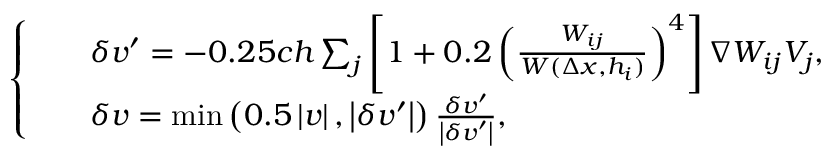
\left\{ \begin{array} { l } { \begin{array} { r l } & { \delta \boldsymbol { v } ^ { \prime } = - 0 . 2 5 c h \sum _ { j } \left[ 1 + 0 . 2 \left( \frac { W _ { i j } } { W ( \Delta x , h _ { i } ) } \right) ^ { 4 } \right] { \nabla } W _ { i j } V _ { j } , } \\ & { \delta \boldsymbol { v } = \operatorname* { m i n } \left( 0 . 5 \left| \boldsymbol { v } \right| , \left| \delta \boldsymbol { v } ^ { \prime } \right| \right) \frac { \delta \boldsymbol { v } ^ { \prime } } { \left| \delta \boldsymbol { v } ^ { \prime } \right| } , } \end{array} } \end{array} \right.